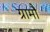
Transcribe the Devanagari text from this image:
ग्रामौं